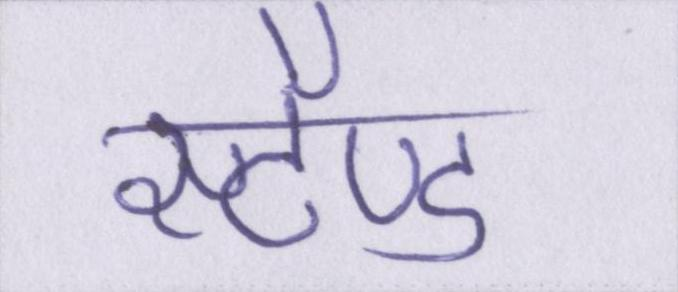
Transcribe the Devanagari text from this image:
स्टैण्ड